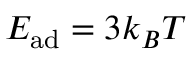
E _ { \mathrm { a d } } = 3 k _ { B } T